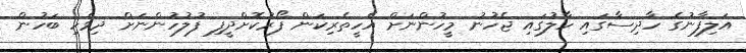
އަލިފާނުގެ ހާދިސާގައި ހާލުގައި ޖެހުނު މީހުންނަށް އެހީތެރިކަން ފޯރުކޮށްދީފި ފުލުހުންނަށް ދިވެހި ބަހުން